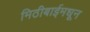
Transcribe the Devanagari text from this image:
मिठीबाईमधून